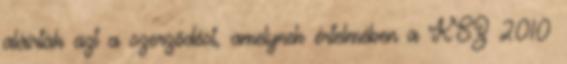
aláírták azt a szerződést, amelynek értelmében a KSZ 2010